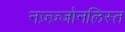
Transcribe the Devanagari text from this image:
नज़्ज़्जोनलिस्त